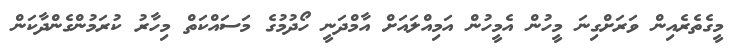
މީގެތެރެއިން ވަރަށްގިނަ މީހުން އެމީހުން އަމިއްލައަށް އާމްދަނީ ހޯދުމުގެ މަސައްކަތް މިހާރު ކުރަމުންގެންދާކަން